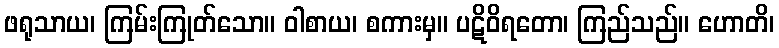
ဖရုသာယ၊ ကြမ်းကြုတ်သော။ ဝါစာယ၊ စကားမှ။ ပဋိဝိရတော၊ ကြည်သည်။ ဟောတိ၊